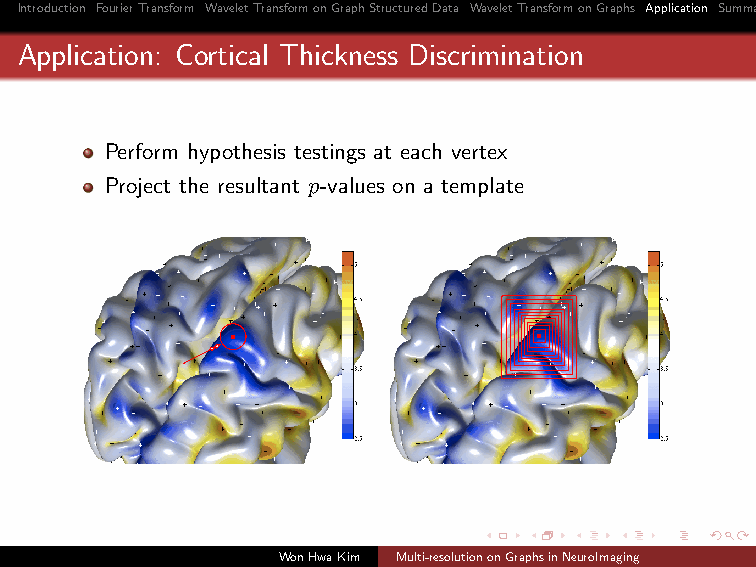
Introduction FourierTransform WaveletTransformonGraphStructuredData WaveletTransformonGraphs Application Summary
 Application: Cortical Thickness Discrimination
 Perform hypothesis testings at each vertex
 Project the resultant p-values on a template
 WonHwaKim Multi-resolutiononGraphsinNeuroImaging